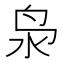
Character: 𮹔